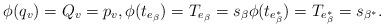
LaTeX: \begin{align*}\phi(q_v)=Q_v=p_v,\phi(t_{e_{\beta}})=T_{e_{\beta}}=s_{\beta}\phi(t_{e_{\beta}^*})=T_{e_{\beta}^*}=s_{\beta^*}.\end{align*}